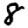
Digit: 8